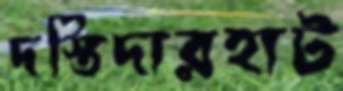
দস্তিদারহাট